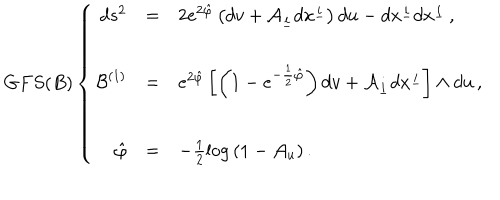
LaTeX: G F S ( B ) \left\{ \begin{array} { r c l } { { d s ^ { 2 } } } & { { = } } & { { 2 e ^ { 2 \hat { \varphi } } \left( d v + { \cal A } _ { \underline { { { i } } } } d x ^ { \underline { { { i } } } } \right) d u - d x ^ { \underline { { { i } } } } d x ^ { \underline { { { i } } } } \, , } } \\ { { } } & { { } } & { { } } \\ { { { \cal { B } } ^ { ( 1 ) } } } & { { = } } & { { e ^ { 2 \hat { \varphi } } \left[ \left( 1 - e ^ { - \frac { 1 } { 2 } \hat { \varphi } } \right) d v + { \cal A } _ { \underline { { { i } } } } d x ^ { \underline { { { i } } } } \right] \wedge d u \, , } } \\ { { } } & { { } } & { { } } \\ { { \hat { \varphi } } } & { { = } } & { { - \frac { 1 } { 2 } \log { ( 1 - { \cal A } _ { u } ) } \, . } } \\ \end{array} \right.